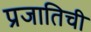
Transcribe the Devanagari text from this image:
प्रजातिची